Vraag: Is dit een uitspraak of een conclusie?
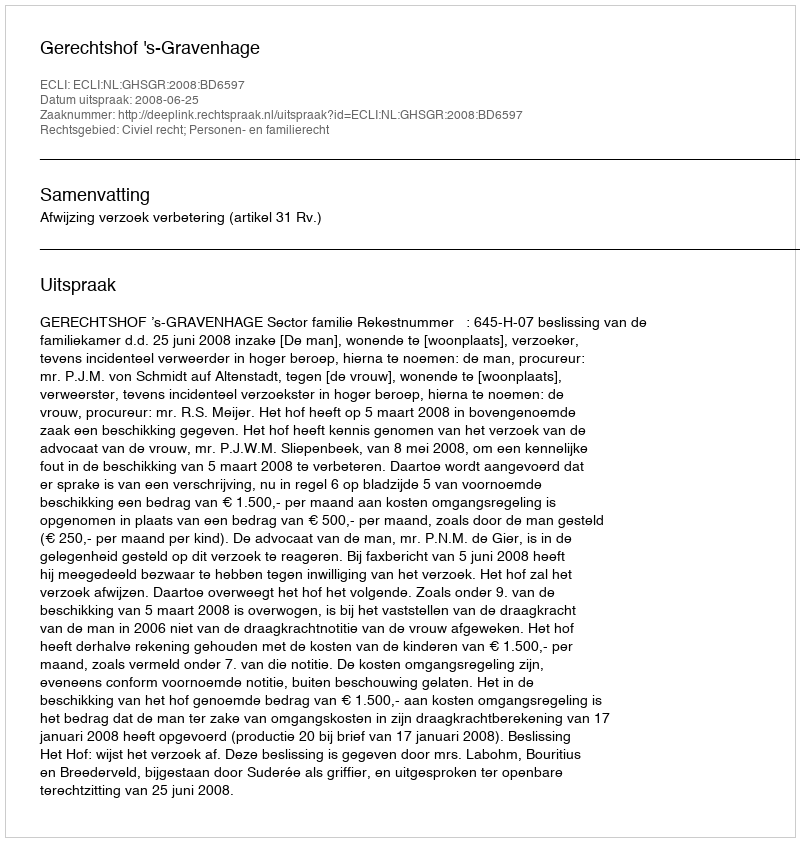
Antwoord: Uitspraak